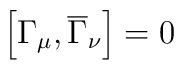
\left[ \Gamma _\mu ,\overline{\Gamma }_\nu \right] =0